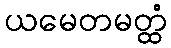
ယမေတမတ္ထံ